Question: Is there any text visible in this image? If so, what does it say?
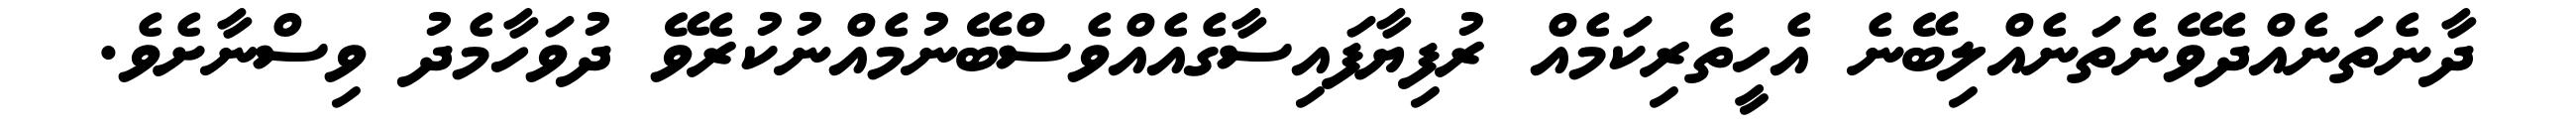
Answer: ދާނެތަނެއްދެވޭނެތަނެއްލިބޭނެ އެހީތެރިކަމެއް ރުފިޔާފައިސާގެއެއްވެސްބޭނުމެއްނުކުރެވޭ ދުވަހާމެދު ވިސްނާށެވެ.